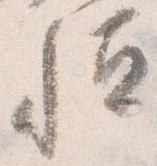
恒